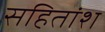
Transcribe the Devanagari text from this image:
सहितांश